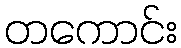
တကောင်း